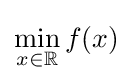
\min _{x\in \mathbb {R} }f(x)